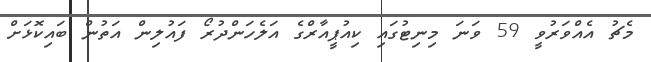
މެޗު އެއްވަރުވީ 59 ވަނަ މިނިޓުގައި ކިއުޕީއާރްގެ އަލެހަންދުރޯ ފައުލިން އަތުން ބައިކޮޅަށް